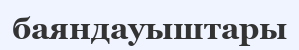
баяндауыштары